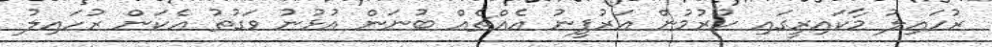
ރުހައިލު މާކައިރީގައި ހުރުމުން އަރުފީނު އެއްޗެއް ބުނަން އުޅުނު ވަގުތު އެކަން ރުހައިލު